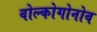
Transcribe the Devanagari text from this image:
वोल्कोगोनोव